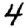
Digit: 4